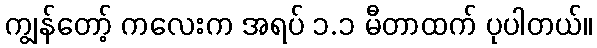
ကျွန်တော့် ကလေးက အရပ် ၁.၁ မီတာထက် ပုပါတယ်။